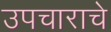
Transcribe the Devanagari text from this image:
उपचाराचे